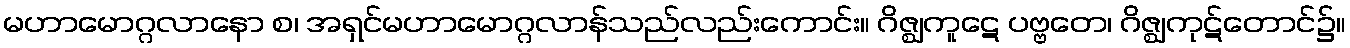
မဟာမောဂ္ဂလာနော စ၊ အရှင်မဟာမောဂ္ဂလာန်သည်လည်းကောင်း။ ဂိဇ္ဈကူဋေ ပဗ္ဗတေ၊ ဂိဇ္ဈကုဋ်တောင်၌။